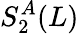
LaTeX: S_{2}^{A}(L)